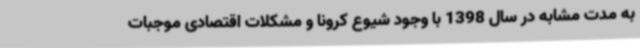
به مدت مشابه در سال 1398 با وجود شیوع کرونا و مشکلات اقتصادی موجبات